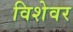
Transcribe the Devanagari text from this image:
विशेवर